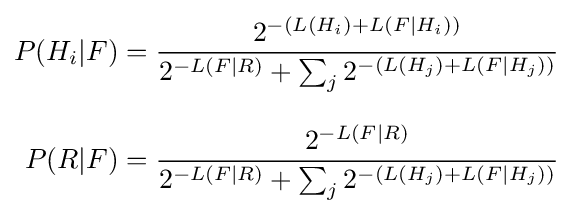
{\begin{aligned}P(H_{i}|F)&={\frac {2^{-(L(H_{i})+L(F|H_{i}))}}{2^{-L(F|R)}+\sum _{j}2^{-(L(H_{j})+L(F|H_{j}))}}}\\[8pt]P(R|F)&={\frac {2^{-L(F|R)}}{2^{-L(F|R)}+\sum _{j}{2^{-(L(H_{j})+L(F|H_{j}))}}}}\end{aligned}}